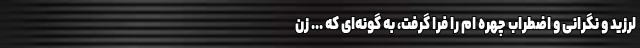
لرزید و نگرانی و اضطراب چهره ام را فرا گرفت، به گونه‌ای که ... زن